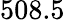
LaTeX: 508.5